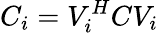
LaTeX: C_{i}=V_{i}^{H}CV_{i}